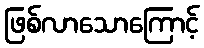
ဖြစ်လာသောကြောင့်